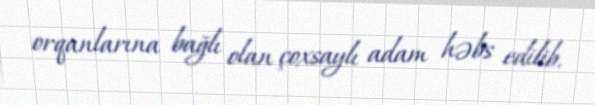
orqanlarına bağlı olan çoxsaylı adam həbs edilib.